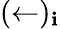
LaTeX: (\leftarrow)_{\mathbf{i}}